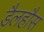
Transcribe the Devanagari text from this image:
डैलहौस